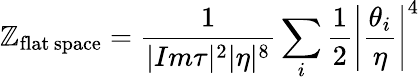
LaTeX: \mathbb{Z}_{\mathrm{{flat\, space}}}={\frac{{1}}{{|Im\tau|^{2}|\eta|^{8}}}}\sum_{i}{\frac{{1}}{{2}}}\left|{\frac{{\theta_{i}}}{{\eta}}}\right|^{4}